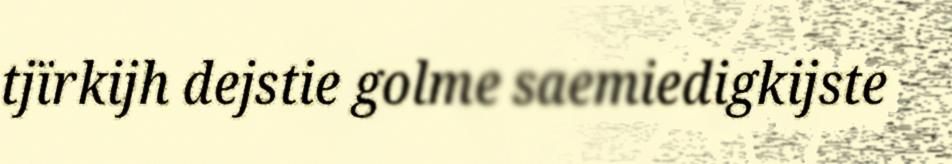
tjïrkijh dejstie golme saemiedigkijste